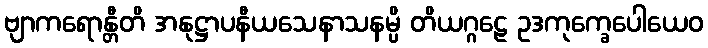
ဗျာကရောန္တီတိ အနုဋ္ဌာပနီယသေနာသနမ္ပိ တိယဂ္ဂဠေ ဥဒကုက္ခေပေါယေဝ